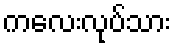
ကလေးလုပ်သား